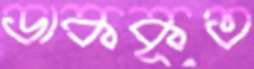
ডাককৃত